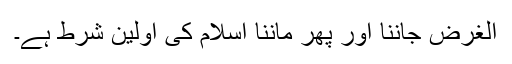
الغرض جاننا اور پھر ماننا اسلام کی اولین شرط ہے۔